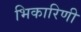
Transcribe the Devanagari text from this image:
भिकारिणी